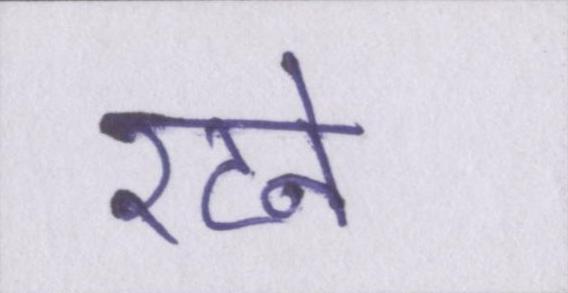
रटने